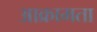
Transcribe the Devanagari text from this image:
आक्रामता